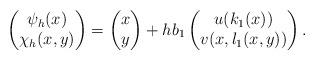
LaTeX: \begin{align*}\begin{pmatrix} \psi_h(x) \\ \chi_h(x,y) \end{pmatrix} &= \begin{pmatrix} x \\ y \end{pmatrix} + hb_1\begin{pmatrix} u(k_1(x)) \\ v(x,l_1(x,y)) \end{pmatrix}.\end{align*}